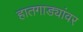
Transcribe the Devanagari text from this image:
हातगाड्यांवर